Lunatic asylums Punjab 1868-1880 - 1868-1880
Year: 1868
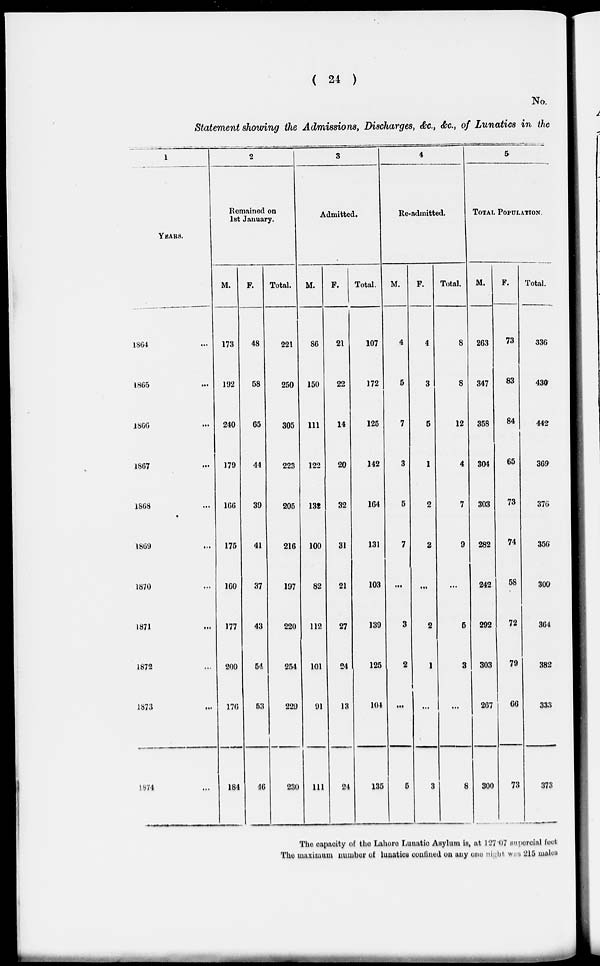
( 24 )
No.
Statement showing the Admissions, Discharges, &c., &c., of Lunatics in the
1
YEARS.
1864 ...
1865 ...
1866 ...
1867 ...
1868 ...
1869 ...
1870 ...
1871 ...
1872 ...
1873 ...
1874 ...
2
Remained on
1st January.
M.
173
192
240
179
166
175
160
177
200
176
184
F.
48
58
65
44
39
41
37
43
54
53
46
Total.
221
250
305
223
205
216
197
220
254
229
230
3
Admitted.
M.
86
150
111
122
132
100
82
112
101
91
111
F.
21
22
14
20
32
81
21
27
24
13
24
Total.
107
172
125
142
164
131
103
139
125
104
135
4
Re-admitted.
M.
4
5
7
3
5
7
...
3
2
...
5
F.
4
3
5
1
2
2
...
2
1
...
3
Total.
8
8
12
4
7
9
...
6
8
...
8
5
TOTAL POPULATION.
M.
263
347
358
304
303
282
242
292
303
267
300
F.
73
83
84
65
73
74
58
72
79
66
73
Total.
336
430
442
369
376
356
300
364
382
333
373
The capacity of the Lahore Lunatic Asylum is, at 127.07 supercial feet
The maximum number of lunatics confined on any one night was 215 males